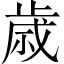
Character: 歳